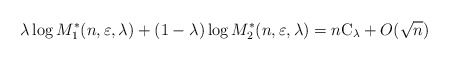
\begin{align*}\lambda \log M_1^*(n, \varepsilon, \lambda) + (1-\lambda) \log M_2^*(n, \varepsilon, \lambda) = n \mathrm{C}_\lambda + O(\sqrt{n}) \end{align*}